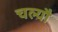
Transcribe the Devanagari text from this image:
चल्यौ